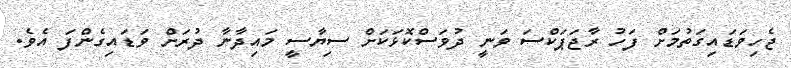
ޖެހިވަޑައިގަތުމަށް ފަހު ރާޖަޕަކްސަ ވަނީ ދުވަސްކޮޅަކަށް ސިޔާސީ މައިދާނާ ދުރަށް ވަޑައިގެންފަ އެވެ.